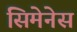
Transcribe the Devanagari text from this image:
सिमेनेस